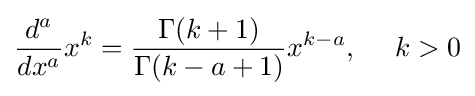
{\frac {d^{a}}{dx^{a}}}x^{k}={\dfrac {\Gamma (k+1)}{\Gamma (k-a+1)}}x^{k-a},\quad \ k>0